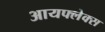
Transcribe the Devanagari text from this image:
आयफ्लेक्स